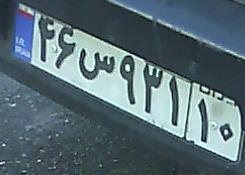
۴۶س۹۳۱۱۰